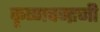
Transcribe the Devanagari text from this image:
कृष्‍णचन्‍द्रजी